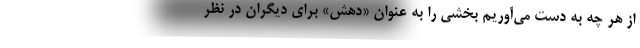
از هر چه به دست می‌آوریم بخشی را به عنوان «دهش» برای دیگران در نظر